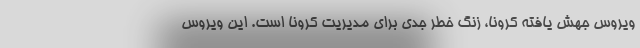
ویروس جهش یافته کرونا، زنگ خطر جدی برای مدیریت کرونا است. این ویروس